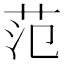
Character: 范